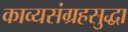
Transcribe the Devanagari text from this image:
काव्यसंग्रहसुद्धा